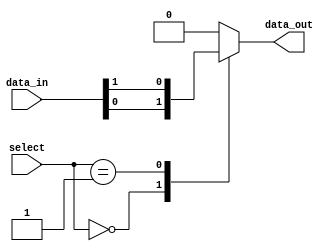
module mux512to1 (
  input [511:0] data_in,
  input [8:0] select,
  output reg data_out
);

always @(*) begin
  case(select)
    9'b000000000: data_out = data_in[0];
    9'b000000001: data_out = data_in[1];
    // Continue for all 512 input channels
    default: data_out = 0; // Default output when select signal does not match any channel
  endcase
end

endmodule